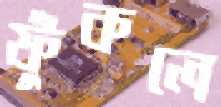
ফুঁকলে